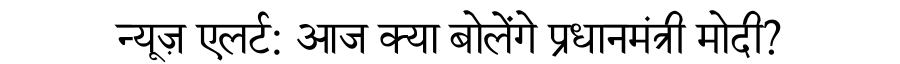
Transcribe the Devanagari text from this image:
न्यूज़ एलर्ट: आज क्या बोलेंगे प्रधानमंत्री मोदी?